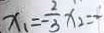
x _ { 1 } = - \frac { 2 } { 3 } x _ { 2 } = \frac { 1 } { 7 }